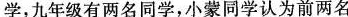
学，九年级有两名同学，小蒙同学认为前两名